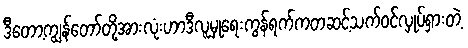
ဒီတော့ကျွန်တော်တို့အားလုံးဟာဒီလူမှုရေးကွန်ရက်ကတဆင့်သက်ဝင်လှုပ်ရှားတဲ့